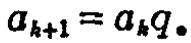
\(a_{k + 1} = a_{k}q。\)